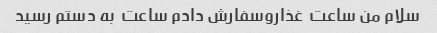
سلام من ساعت  غذاروسفارش دادم ساعت  به دستم رسید